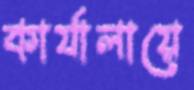
কার্যালায়ে